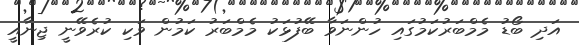
އަދި ބޯޑު މެމްބަރުކަމުގައި ހުންނަވާ ބޭފުޅަކު މެމްބަރު ކަމުން ވަކި ކުރެވޭނީ ޖިނާއީ